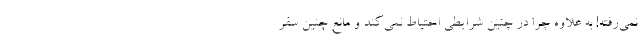
نمی‌رفته! به علاوه چرا در چنین شرایطی احتیاط نمی‌کند و مانع چنین سفر